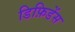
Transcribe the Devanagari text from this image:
डिफ़िडेंस